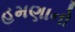
હમણાનો